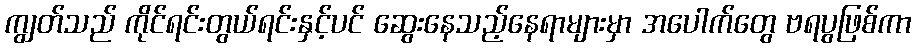
ကျွတ်သည် ကိုင်ရင်းတွယ်ရင်းနှင့်ပင် ဆွေးနေသည့်နေရာများမှာ အပေါက်တွေ ဗရပွဖြစ်ကာ